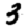
Digit: 3